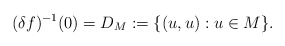
\begin{align*}(\delta f)^{-1}(0)= D_M:=\{(u,u): u\in M\}.\end{align*}